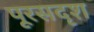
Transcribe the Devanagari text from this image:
पूरसदृश